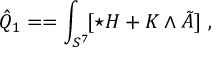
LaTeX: \hat { Q } _ { 1 } = = \int _ { S ^ { 7 } } \! [ \star H + K \wedge \tilde { A } ] \ ,